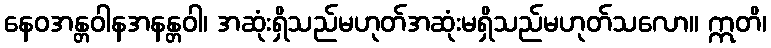
နေဝအန္တဝါနအနန္တဝါ၊ အဆုံးရှိသည်မဟုတ်အဆုံးမရှိသည်မဟုတ်သလော။ ဣတိ၊